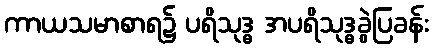
ကာယသမာစာရ၌ ပရိသုဒ္ဓ အပရိသုဒ္ဓခွဲပြခန်း